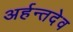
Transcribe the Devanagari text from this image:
अर्हन्तदेव